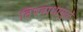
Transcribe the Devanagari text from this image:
विषबाधामुळे